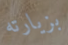
بزيارته